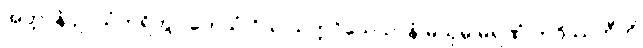
အတ္တာနံ ဥပသံဟရိတွာ တေသံ ဝိယ သတ္တဝိသေသာနံ မယှမ္ပိ မရဏံ ဘဝိဿတီတိ